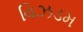
વિઝડમ